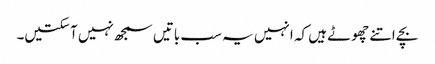
بچے اتنے چھوٹے ہیں کہ انہیں یہ سب باتیں سمجھ نہیں آ سکتیں۔